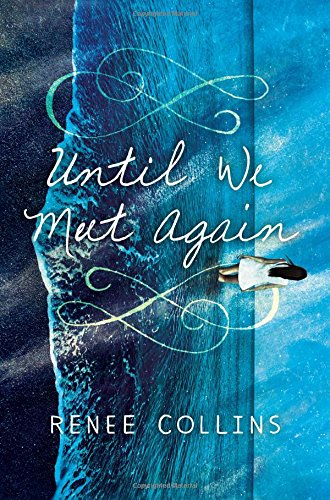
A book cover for Until We Meet Again; Renee Collins; Teen & Young Adult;